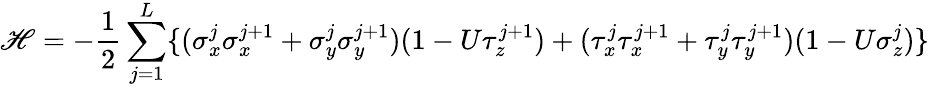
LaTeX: \mathscr{H}=-\frac{{1}}{{2}}\sum_{j=1}^{L}\{ (\sigma_{x}^{j}\sigma_{x}^{j+1}+\sigma_{y}^{j}\sigma_{y}^{j+1})(1-U\tau_{z}^{j+1})+(\tau_{x}^{j}\tau_{x}^{j+1}+\tau_{y}^{j}\tau_{y}^{j+1})(1-U\sigma_{z}^{j})\}